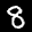
Label: 8